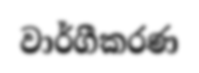
වාර්ගීකරණ